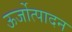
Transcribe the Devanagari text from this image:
ऊर्जोत्पादन